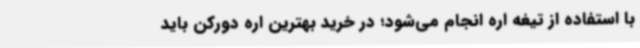
با استفاده از تیغه اره انجام می‌شود؛ در خرید بهترین اره دورکن باید